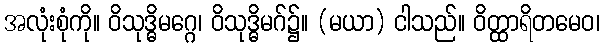
အလုံးစုံကို။ ဝိသုဒ္ဓိမဂ္ဂေ၊ ဝိသုဒ္ဓိမဂ်၌။ (မယာ) ငါသည်။ ဝိတ္ထာရိတမေဝ၊